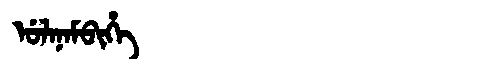
Manchu: ᡠᠯᠠᠨᠠᠮᠪᡳᡥᡝ
Romanization: ULANAMBIHE